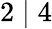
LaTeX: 2\mid 4